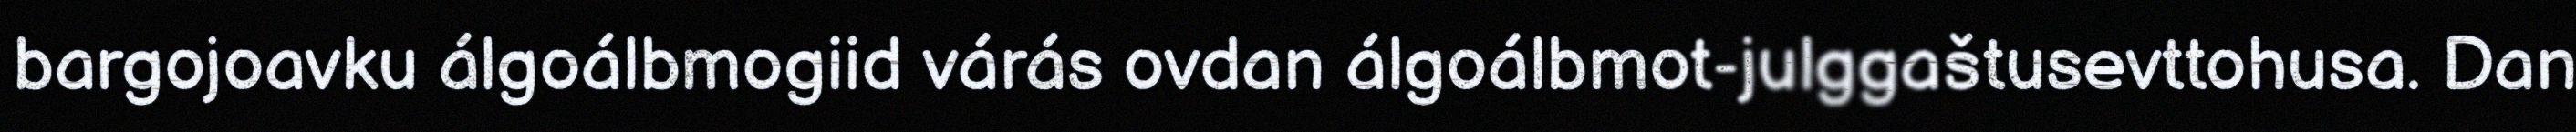
bargojoavku álgoálbmogiid várás ovdan álgoálbmot-julggaštusevttohusa. Dan